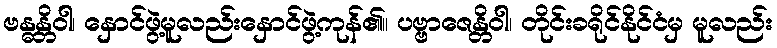
ဗန္ဓန္တိဝါ၊ နှောင်ဖွဲ့မူလည်းနှောင်ဖွဲ့ကုန်၏။ ပဗ္ဗာဇေန္တိဝါ၊ တိုင်းခရိုင်နိုင်ငံမှ မူလည်း